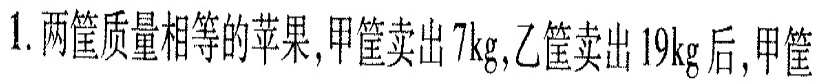
1.两筐质量相等的苹果，甲筐卖出7kg，乙筐出19kg后，甲筐